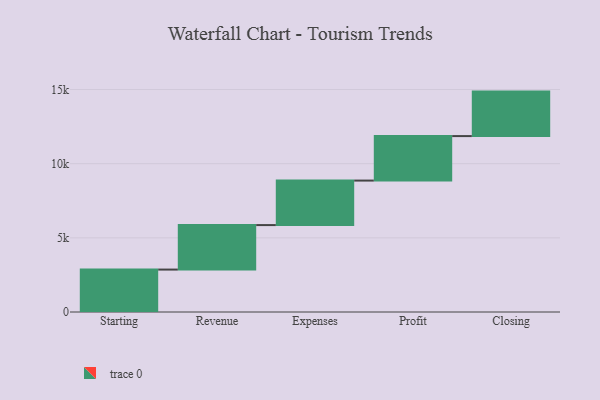
{"axis": {"x": "Step", "y": "Value"}, "legend": [""], "data": [{"x": "Starting", "y": 2861.0, "type": ""}, {"x": "Revenue", "y": 3000, "type": ""}, {"x": "Expenses", "y": 3000, "type": ""}, {"x": "Profit", "y": 3000, "type": ""}, {"x": "Closing", "y": 3000, "type": ""}]}